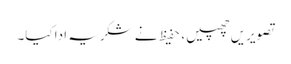
تصویریں چھپیں ، حفیظ نے شکریہ ادا کیا۔